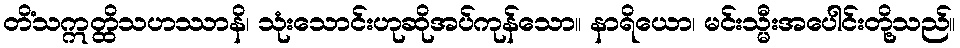
တိံသဣတ္ထိသဟဿာနိ၊ သုံးသောင်းဟုဆိုအပ်ကုန်သော။ နာရိယော၊ မင်းသ္မီးအပေါင်းတို့သည်။